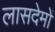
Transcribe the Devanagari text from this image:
लासदेमों